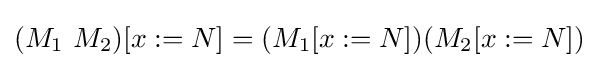
(M_{1}\ M_{2})[x:=N]=(M_{1}[x:=N])(M_{2}[x:=N])